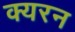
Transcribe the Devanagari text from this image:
क्यरन